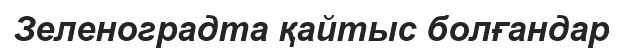
Зеленоградта қайтыс болғандар